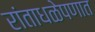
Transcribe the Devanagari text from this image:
रांताधळेपणात